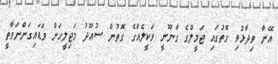
އޭނާ ވިދާޅުވި ގޮތުގައި ޖަމީލްގެ ގާނޫނީ ވަކީލެއްގެ ގޮތުން ސުއޫދު މަޖިލީހަށް ވަޑައިގަންނަވާތީ